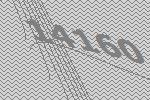
14160